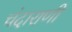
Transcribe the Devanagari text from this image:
चंदाराणी